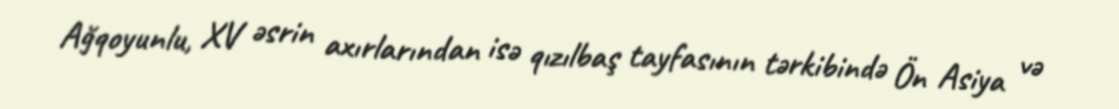
Ağqoyunlu, XV əsrin axırlarından isə qızılbaş tayfasının tərkibində Ön Asiya və